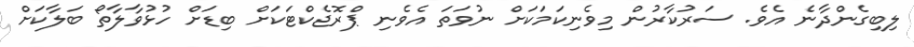
ލިބިގެންދާނެ އެވެ. ސަރުކާރުން މިވެނިކަމަކަށް ނުވަތަ އެވެނި ޕްރޮޖެކްޓަކަށް ބިޑަށް ހުޅުވާލާތޯ ބަލާކަށް